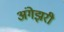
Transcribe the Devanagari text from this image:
अंगेझरी